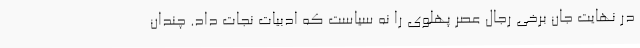
در نهایت جان برخی رجال عصر پهلوی را نه سیاست که ادبیات نجات داد. چندان